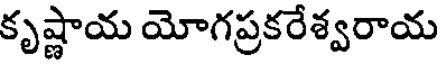
కృష్ణాయ యోగప్రకరేశ్వరాయ